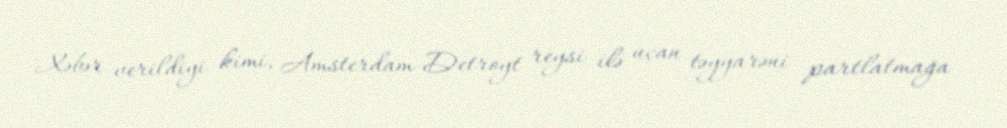
Xəbər verildiyi kimi, Amsterdam-Detroyt reysi ilə uçan təyyarəni partlatmağa